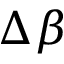
\Delta \beta